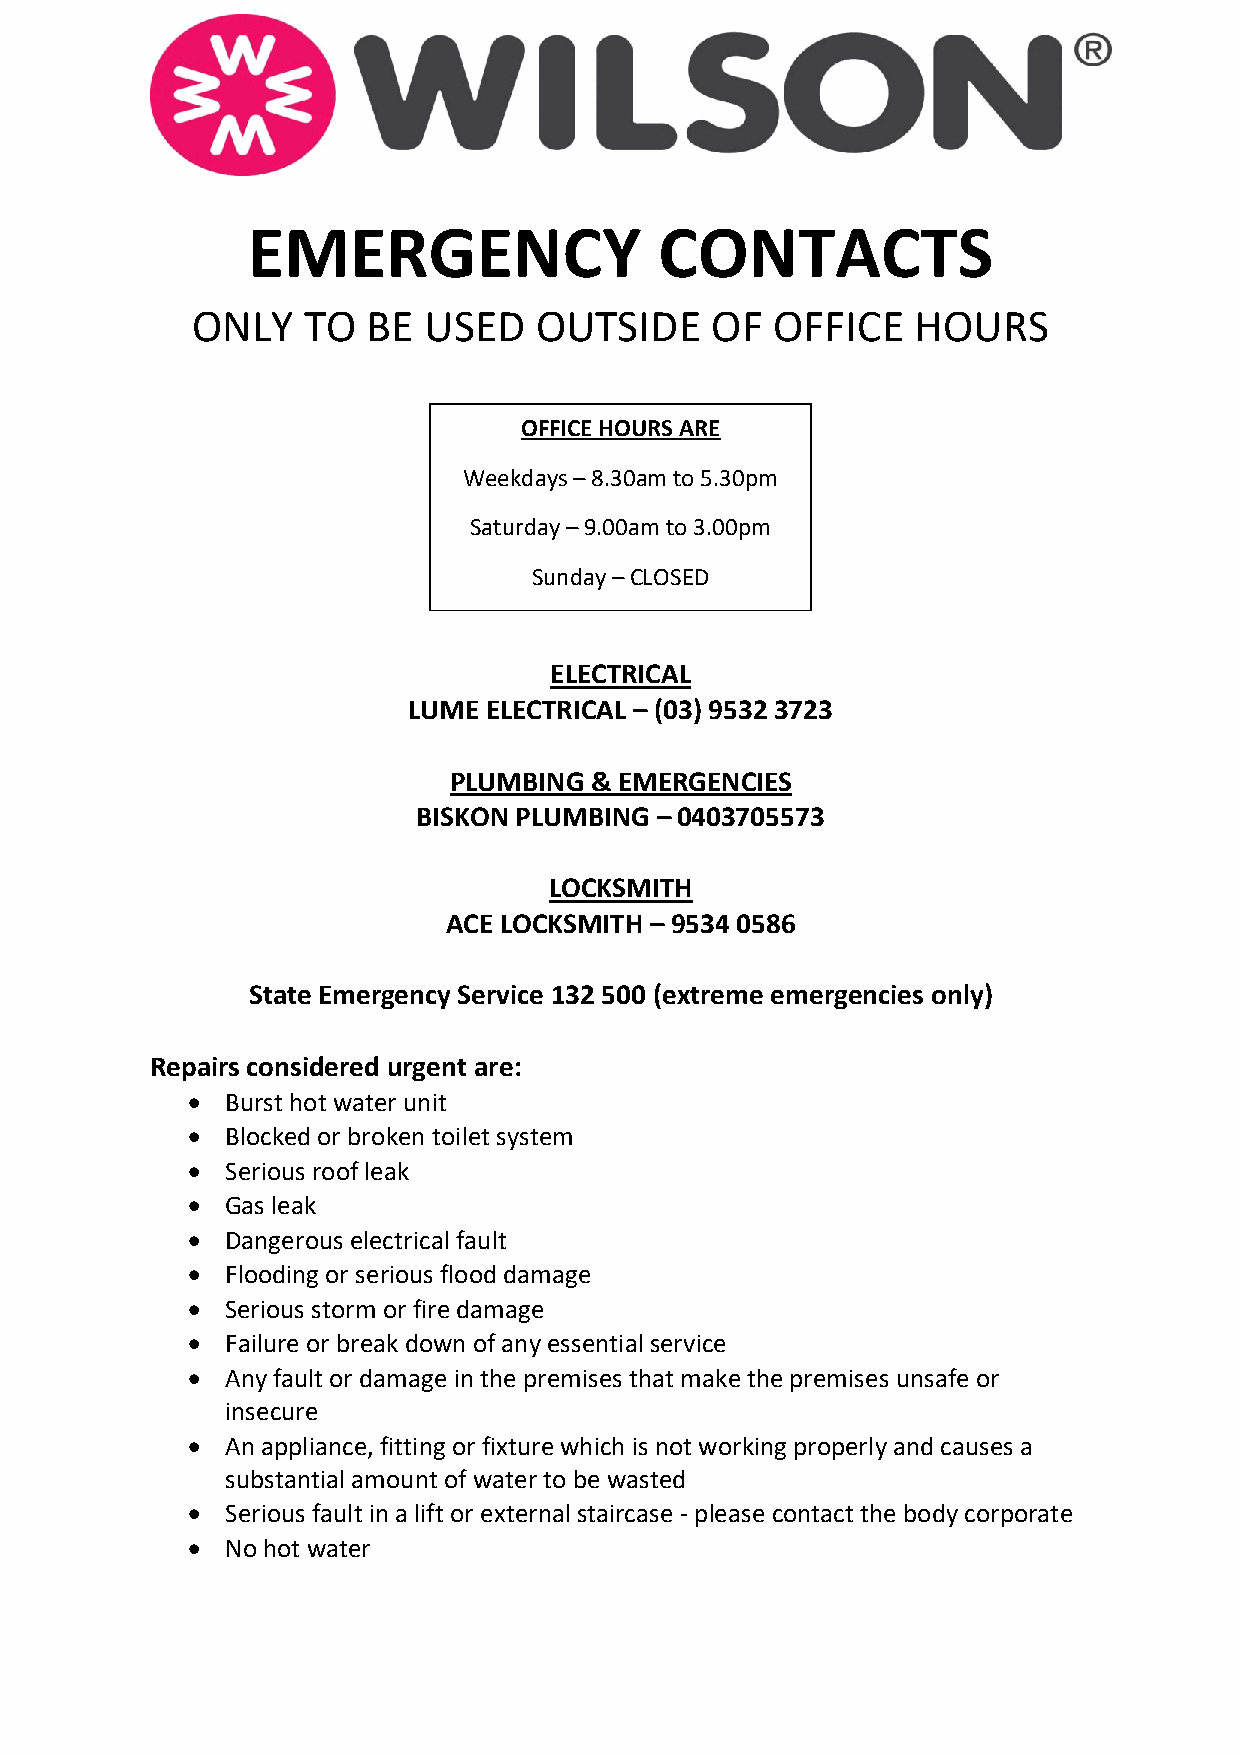
EMERGENCY                   CONTACTS
 ONLY   TO  BE  USED   OUTSIDE     OF  OFFICE    HOURS
 OFFICE HOURS ARE
 Weekdays – 8.30am to 5.30pm
 Saturday – 9.00am to 3.00pm
 Sunday – CLOSED
 ELECTRICAL
 LUME ELECTRICAL – (03) 9532 3723
 PLUMBING & EMERGENCIES
 BISKON PLUMBING – 0403705573
 LOCKSMITH
 ACE LOCKSMITH – 9534 0586
 State Emergency Service 132 500 (extreme emergencies only)
 Repairs considered urgent are:
   Burst hot water unit
   Blocked or broken toilet system
   Serious roof leak
   Gas leak
   Dangerous electrical fault
   Flooding or serious flood damage
   Serious storm or fire damage
   Failure or break down of any essential service
   Any fault or damage in the premises that make the premises unsafe or
 insecure
   An appliance, fitting or fixture which is not working properly and causes a
 substantial amount of water to be wasted
   Serious fault in a lift or external staircase - please contact the body corporate
   No hot water